Relation of titanus [i.e. tetanus] to the hypodermic or intramuscular injection of quinine - Number 43
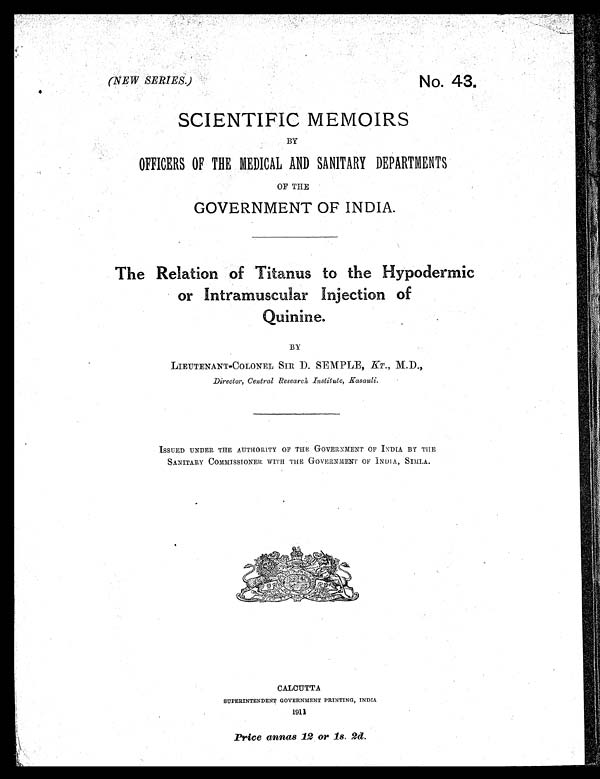
(NEW SERIES.)
No. 43.
SCIENTIFIC MEMOIRS
BY
OFFICERS OF THE MEDICAL AND SANITARY DEPARTMENTS
OF THE
GOVERNMENT OF INDIA.
The Relation of Titanus to the Hypodermic
or Intramuscuar Injection of
Quinine.
BY
LIEUTENANT-COLONEL SIR D. SEMPLE, KT., M.D.,
Director, Central Research Institute, Kasauli.
ISSUED UNDER THE AUTHORITY OF THE GOVERNMENT OF INDIA BY THE
SANITARY COMMISSIONER WITH THE GOVERNMENT OF INDIA, SIMLA.
CALCUTTA
SUPERINTENDENT GOVERNMENT PRINTING, INDIA
1911
Price annas 12 or 1s. 2d.